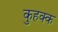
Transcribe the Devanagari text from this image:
कुहक्क